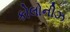
કોલોનીઝ